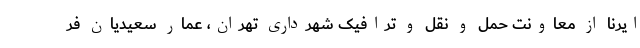
ایرنا از معاونت حمل و نقل و ترافیک شهرداری تهران، عمار سعیدیان فر